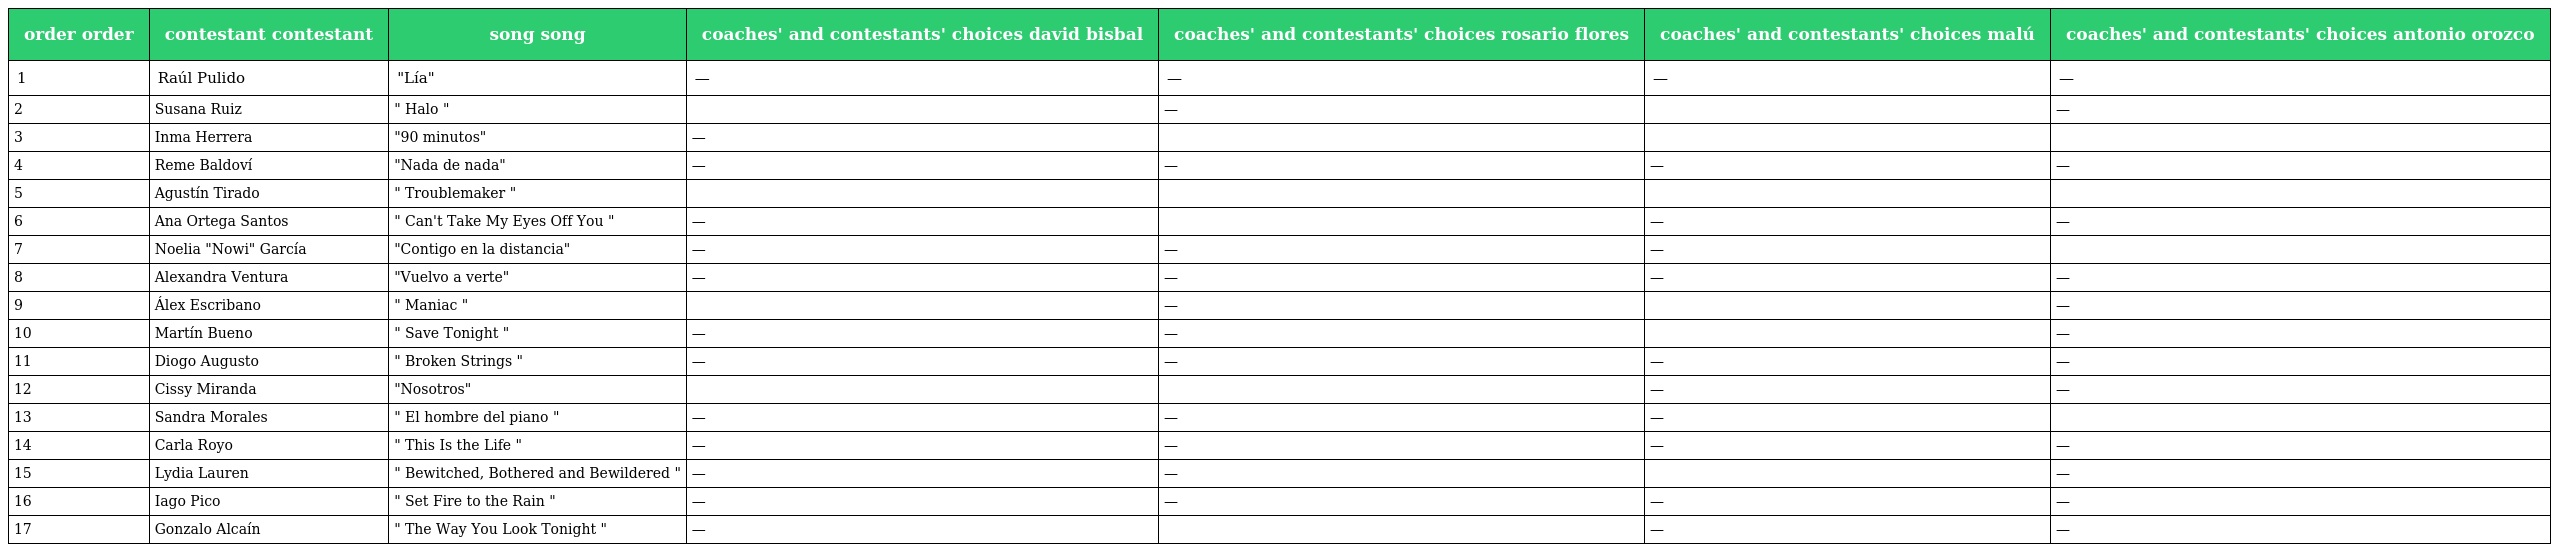
| order order | contestant contestant | song song | coaches' and contestants' choices david bisbal | coaches' and contestants' choices rosario flores | coaches' and contestants' choices malú | coaches' and contestants' choices antonio orozco |
 | --- | --- | --- | --- | --- | --- | --- |
 | 1 | Raúl Pulido | "Lía" | — | — | — | — |
 | 2 | Susana Ruiz | " Halo " |  | — |  | — |
 | 3 | Inma Herrera | "90 minutos" | — |  |  |  |
 | 4 | Reme Baldoví | "Nada de nada" | — | — | — | — |
 | 5 | Agustín Tirado | " Troublemaker " |  |  |  |  |
 | 6 | Ana Ortega Santos | " Can't Take My Eyes Off You " | — |  | — | — |
 | 7 | Noelia "Nowi" García | "Contigo en la distancia" | — | — | — |  |
 | 8 | Alexandra Ventura | "Vuelvo a verte" | — | — | — | — |
 | 9 | Álex Escribano | " Maniac " |  | — |  | — |
 | 10 | Martín Bueno | " Save Tonight " | — | — |  | — |
 | 11 | Diogo Augusto | " Broken Strings " | — | — | — | — |
 | 12 | Cissy Miranda | "Nosotros" |  |  | — | — |
 | 13 | Sandra Morales | " El hombre del piano " | — | — | — |  |
 | 14 | Carla Royo | " This Is the Life " | — | — | — | — |
 | 15 | Lydia Lauren | " Bewitched, Bothered and Bewildered " | — | — |  | — |
 | 16 | Iago Pico | " Set Fire to the Rain " | — | — | — | — |
 | 17 | Gonzalo Alcaín | " The Way You Look Tonight " | — |  | — | — |